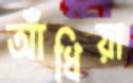
আঁধিয়া